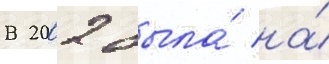
В 2002 была́ на́